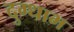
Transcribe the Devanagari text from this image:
दुग्धाभ